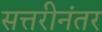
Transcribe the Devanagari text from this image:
सत्तरीनंतर